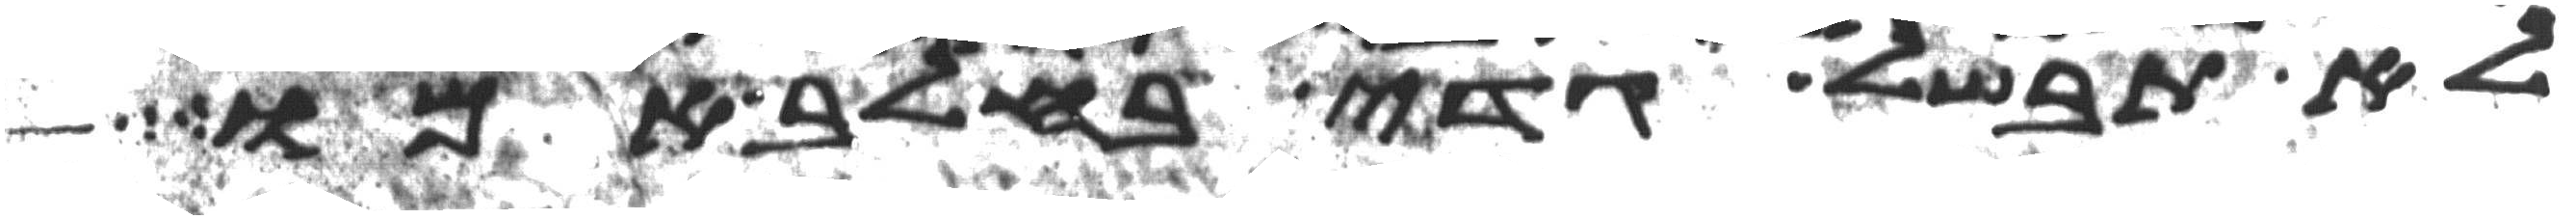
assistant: לא תבשל גדי בחלב אמו